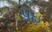
પઇ